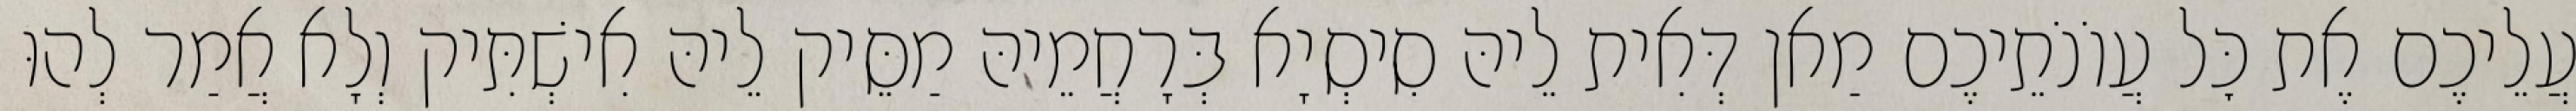
עֲלֵיכֶם אֶת כׇּל עֲוֹנֹתֵיכֶם מַאן דְּאִית לֵיהּ סִיסְיָא בְּרָחֲמֵיהּ מַסֵּיק לֵיהּ אִישְׁתִּיק וְלָא אֲמַר לְהוּ